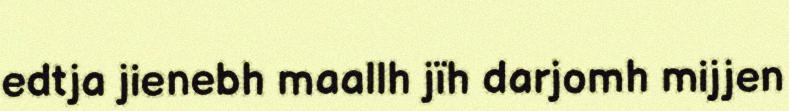
edtja jienebh maallh jïh darjomh mijjen